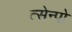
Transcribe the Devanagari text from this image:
त्सेन्पो